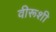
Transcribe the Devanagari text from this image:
वीरूशी